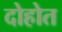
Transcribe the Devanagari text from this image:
दोहोत